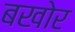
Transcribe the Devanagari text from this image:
बखोर